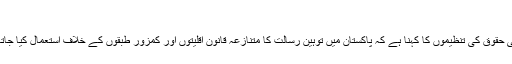
‘
انسانی حقوق کی تنظیموں کا کہنا ہے کہ پاکستان میں توہین رسالت کا متنازعہ قانون اقلیتوں اور کمزور طبقوں کے خلاف استعمال کیا جاتا ہے۔